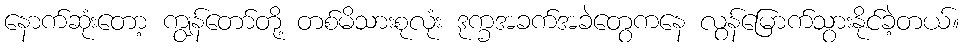
နောက်ဆုံးတော့ ကျွန်တော်တို့ တစ်မိသားစုလုံး ဒုက္ခအခက်အခဲတွေကနေ လွန်မြောက်သွားနိုင်ခဲ့တယ်။